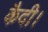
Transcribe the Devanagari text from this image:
कैदी।